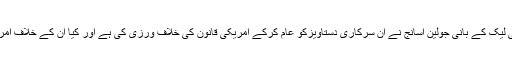
دوسری طرف امریکی انتظامیہ یہ تحقیق بھی کر رہی ہے کہ آیا وکی لیک کے بانی جولین اسانج نے ان سرکاری دستاویزکو عام کرکے امریکی قانون کی خلاف ورزی کی ہے اور کیا ان کے خلاف امریکہ کےEspionage Act کے تحت مقدمہ دائر کیا جا سکتا ہے ؟